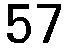
57